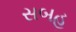
સબહ